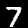
Digit: 7